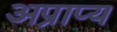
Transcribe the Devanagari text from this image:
अप्राप्‍य